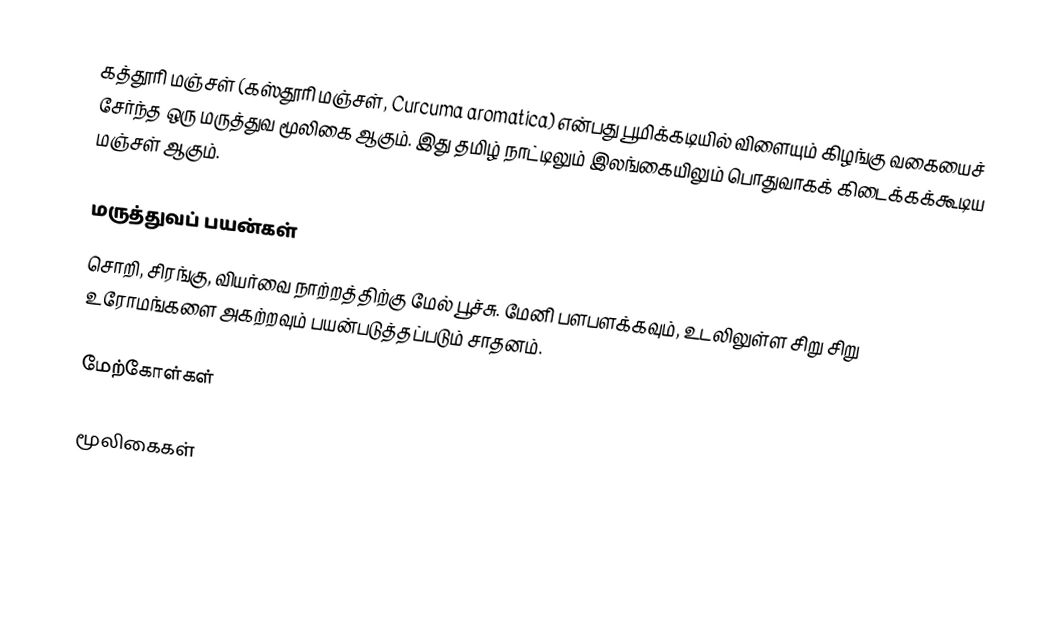
கத்தூரி மஞ்சள் (கஸ்தூரி மஞ்சள், Curcuma aromatica) என்பது பூமிக்கடியில் விளையும் கிழங்கு வகையைச் சேர்ந்த ஒரு மருத்துவ மூலிகை ஆகும். இது தமிழ் நாட்டிலும் இலங்கையிலும் பொதுவாகக் கிடைக்கக்கூடிய மஞ்சள் ஆகும்.

மருத்துவப் பயன்கள்
சொறி, சிரங்கு, வியர்வை நாற்றத்திற்கு மேல் பூச்சு. மேனி பளபளக்கவும், உடலிலுள்ள சிறு சிறு உரோமங்களை அகற்றவும் பயன்படுத்தப்படும் சாதனம்.

மேற்கோள்கள்

மூலிகைகள்